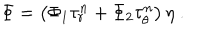
LaTeX: \Phi = \left( \Phi _ { 1 } \tau _ { r } ^ { n } + \Phi _ { 2 } \tau _ { \theta } ^ { n } \right) \eta \ .